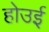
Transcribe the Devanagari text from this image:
होउई